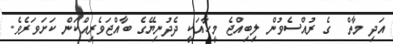
އަދި މާތް  ގެ ރުއްސެވުން ލިބިއްޖެ މީހާއަކީ ދެދުނިޔޭގެ ބާއްޖަވެރިއްކަން ކަށަވަރެވެ.